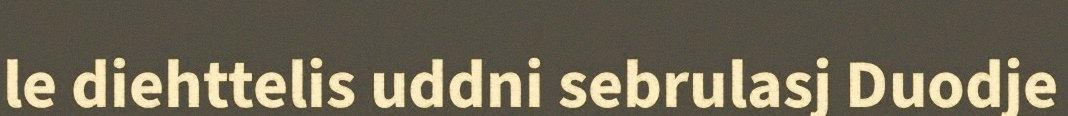
le diehttelis uddni sebrulasj Duodje